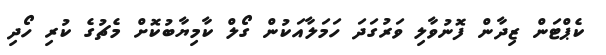
ކެޕްޓަން ޒިދާން ފޮނުވާލި ވަރުގަދަ ހަމަލާއަކުން ގޯލް ކާމިޔާބުކޮށް މެޗުގެ ކުރި ހޯދި